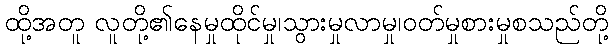
ထို့အတူ လူတို့၏နေမှုထိုင်မှု၊သွားမှုလာမှု၊ဝတ်မှုစားမှုစသည်တို့